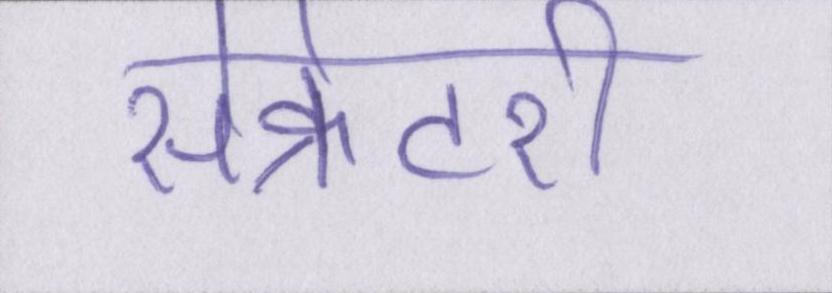
सेक्रेटरी